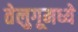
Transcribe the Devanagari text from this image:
तेलुगूमध्ये